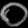
Digit: ၀